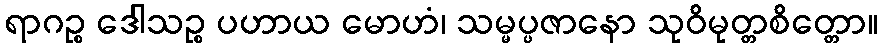
ရာဂဉ္စ ဒေါသဉ္စ ပဟာယ မောဟံ၊ သမ္မပ္ပဇာနော သုဝိမုတ္တစိတ္တော။